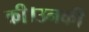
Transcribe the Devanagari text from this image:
की।उनकी